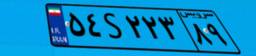
۵۴S۲۲۳۸۹